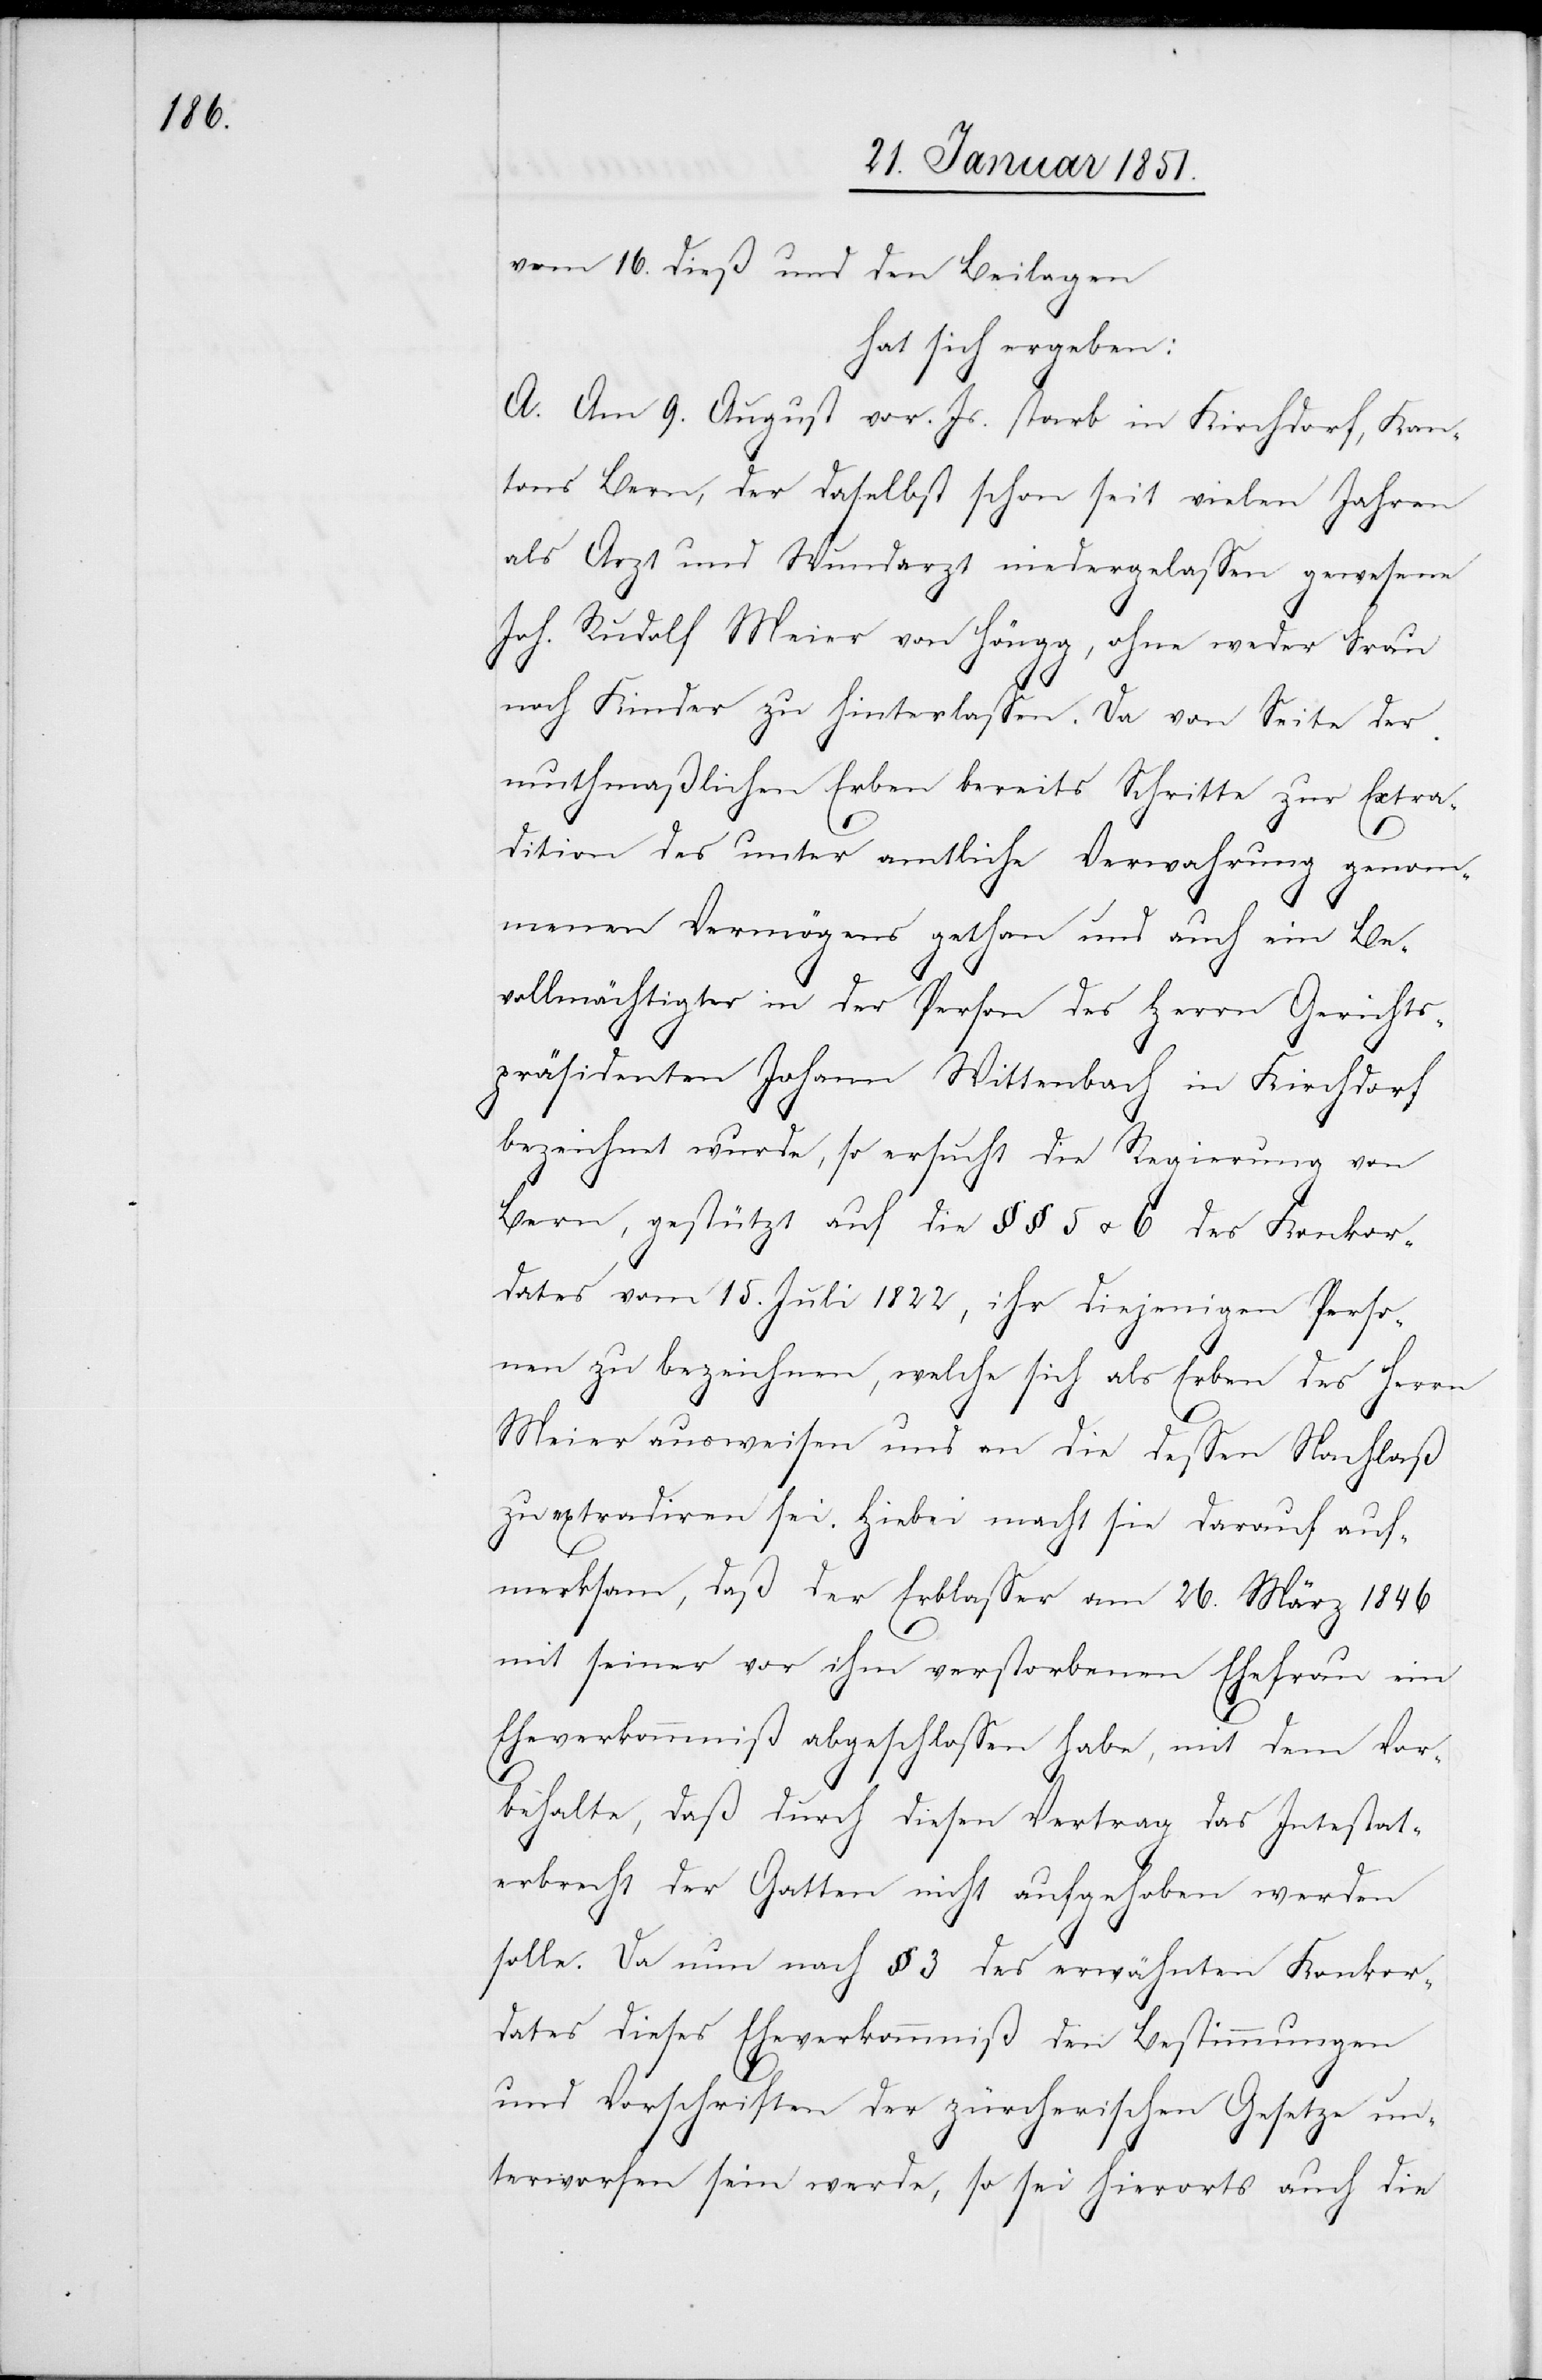
vom 16. dieß und den Beilagen
hat sich ergeben:
A. Am 9. August vor. Js. starb in Kirchdorf, Kan¬
tons Bern, der daselbst schon seit vielen Jahren
als Arzt und Wundarzt niedergelassen gewesene
Joh. Rudolf Meier von Höngg, ohne weder Frau
noch Kinder zu hinterlassen. Da von Seite der
muthmaßlichen Erben bereits Schritte zur Extra¬
dition des unter amtliche Verwahrung genom¬
menen Vermögens gethan und auch ein Be¬
vollmächtigter in der Person des Herrn Gerichts¬
präsidenten Johann Wittenbach in Kirchdorf
bezeichnet wurde, so ersucht die Regierung von
Bern, gestützt auf die §§ 5 u. 6 des Konkor¬
dates vom 15. Juli 1822, ihr diejenigen Perso¬
nen zu bezeichnen, welche sich als Erben des Herrn
Meier ausweisen und an die dessen Nachlaß
zu extradiren sei. Hiebei macht sie darauf auf¬
merksam, daß der Erblasser am 26. März 1846
mit seiner vor ihm verstorbenen Ehefrau ein
Eheverkommniß abgeschlossen habe, mit dem Vor¬
behalte, daß durch diesen Vertrag das Intestat¬
erbrecht der Gatten nicht aufgehoben werden
solle. Da nun nach § 3 des erwähnten Konkor¬
dates dieses Eheverkommniß den Bestimmungen
und Vorschriften der zürcherischen Gesetze un¬
terworfen sein werde, so sei hierorts auch die